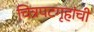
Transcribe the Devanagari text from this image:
चित्रपटगृहांची